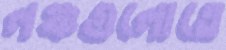
লঞ্চগুলোতে